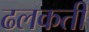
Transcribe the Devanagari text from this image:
ढलकती